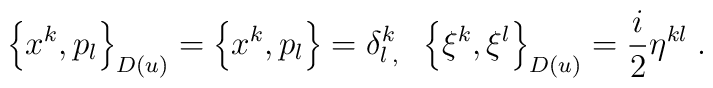
\left\{ x^{k},p_{l}\right\} _{D(u)}=\left\{ x^{k},p_{l}\right\} =\delta_{l\,,}^{k}\;\;\left\{ \xi ^{k},\xi ^{l}\right\} _{D(u)}=\frac{i}{2}\eta^{kl}\;.